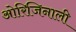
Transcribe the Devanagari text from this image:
ओरिजिनाली